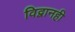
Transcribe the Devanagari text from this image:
विद्वानही